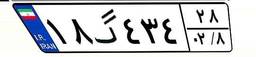
۱۸گ۴۳۴۲۸